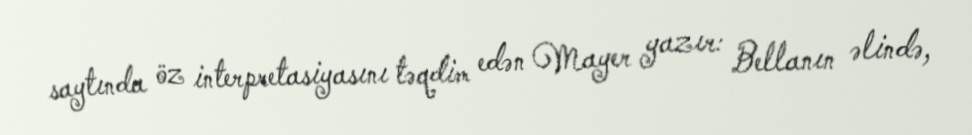
saytında öz interpretasiyasını təqdim edən Mayer yazır: Bellanın əlində,